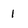
Character: 1